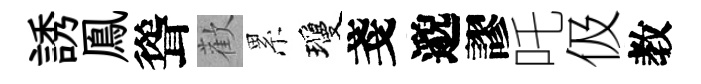
誘鳯聳歡累瓊戔邈謬吒伋教